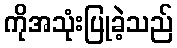
ကိုအသုံးပြုခဲ့သည်